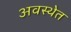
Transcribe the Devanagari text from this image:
अवस्‍थेत